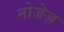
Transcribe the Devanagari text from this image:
नोजेज़